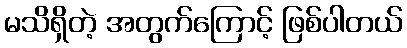
မသိရှိတဲ့ အတွက်ကြောင့် ဖြစ်ပါတယ်